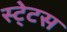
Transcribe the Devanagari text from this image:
स्‍टे्टस